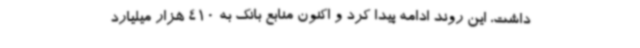
داشت، این روند ادامه پیدا کرد و اکنون منابع بانک به 410 هزار میلیارد